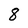
Character: 8